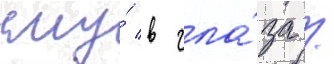
ему́ в гла́за /